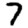
Digit: 7